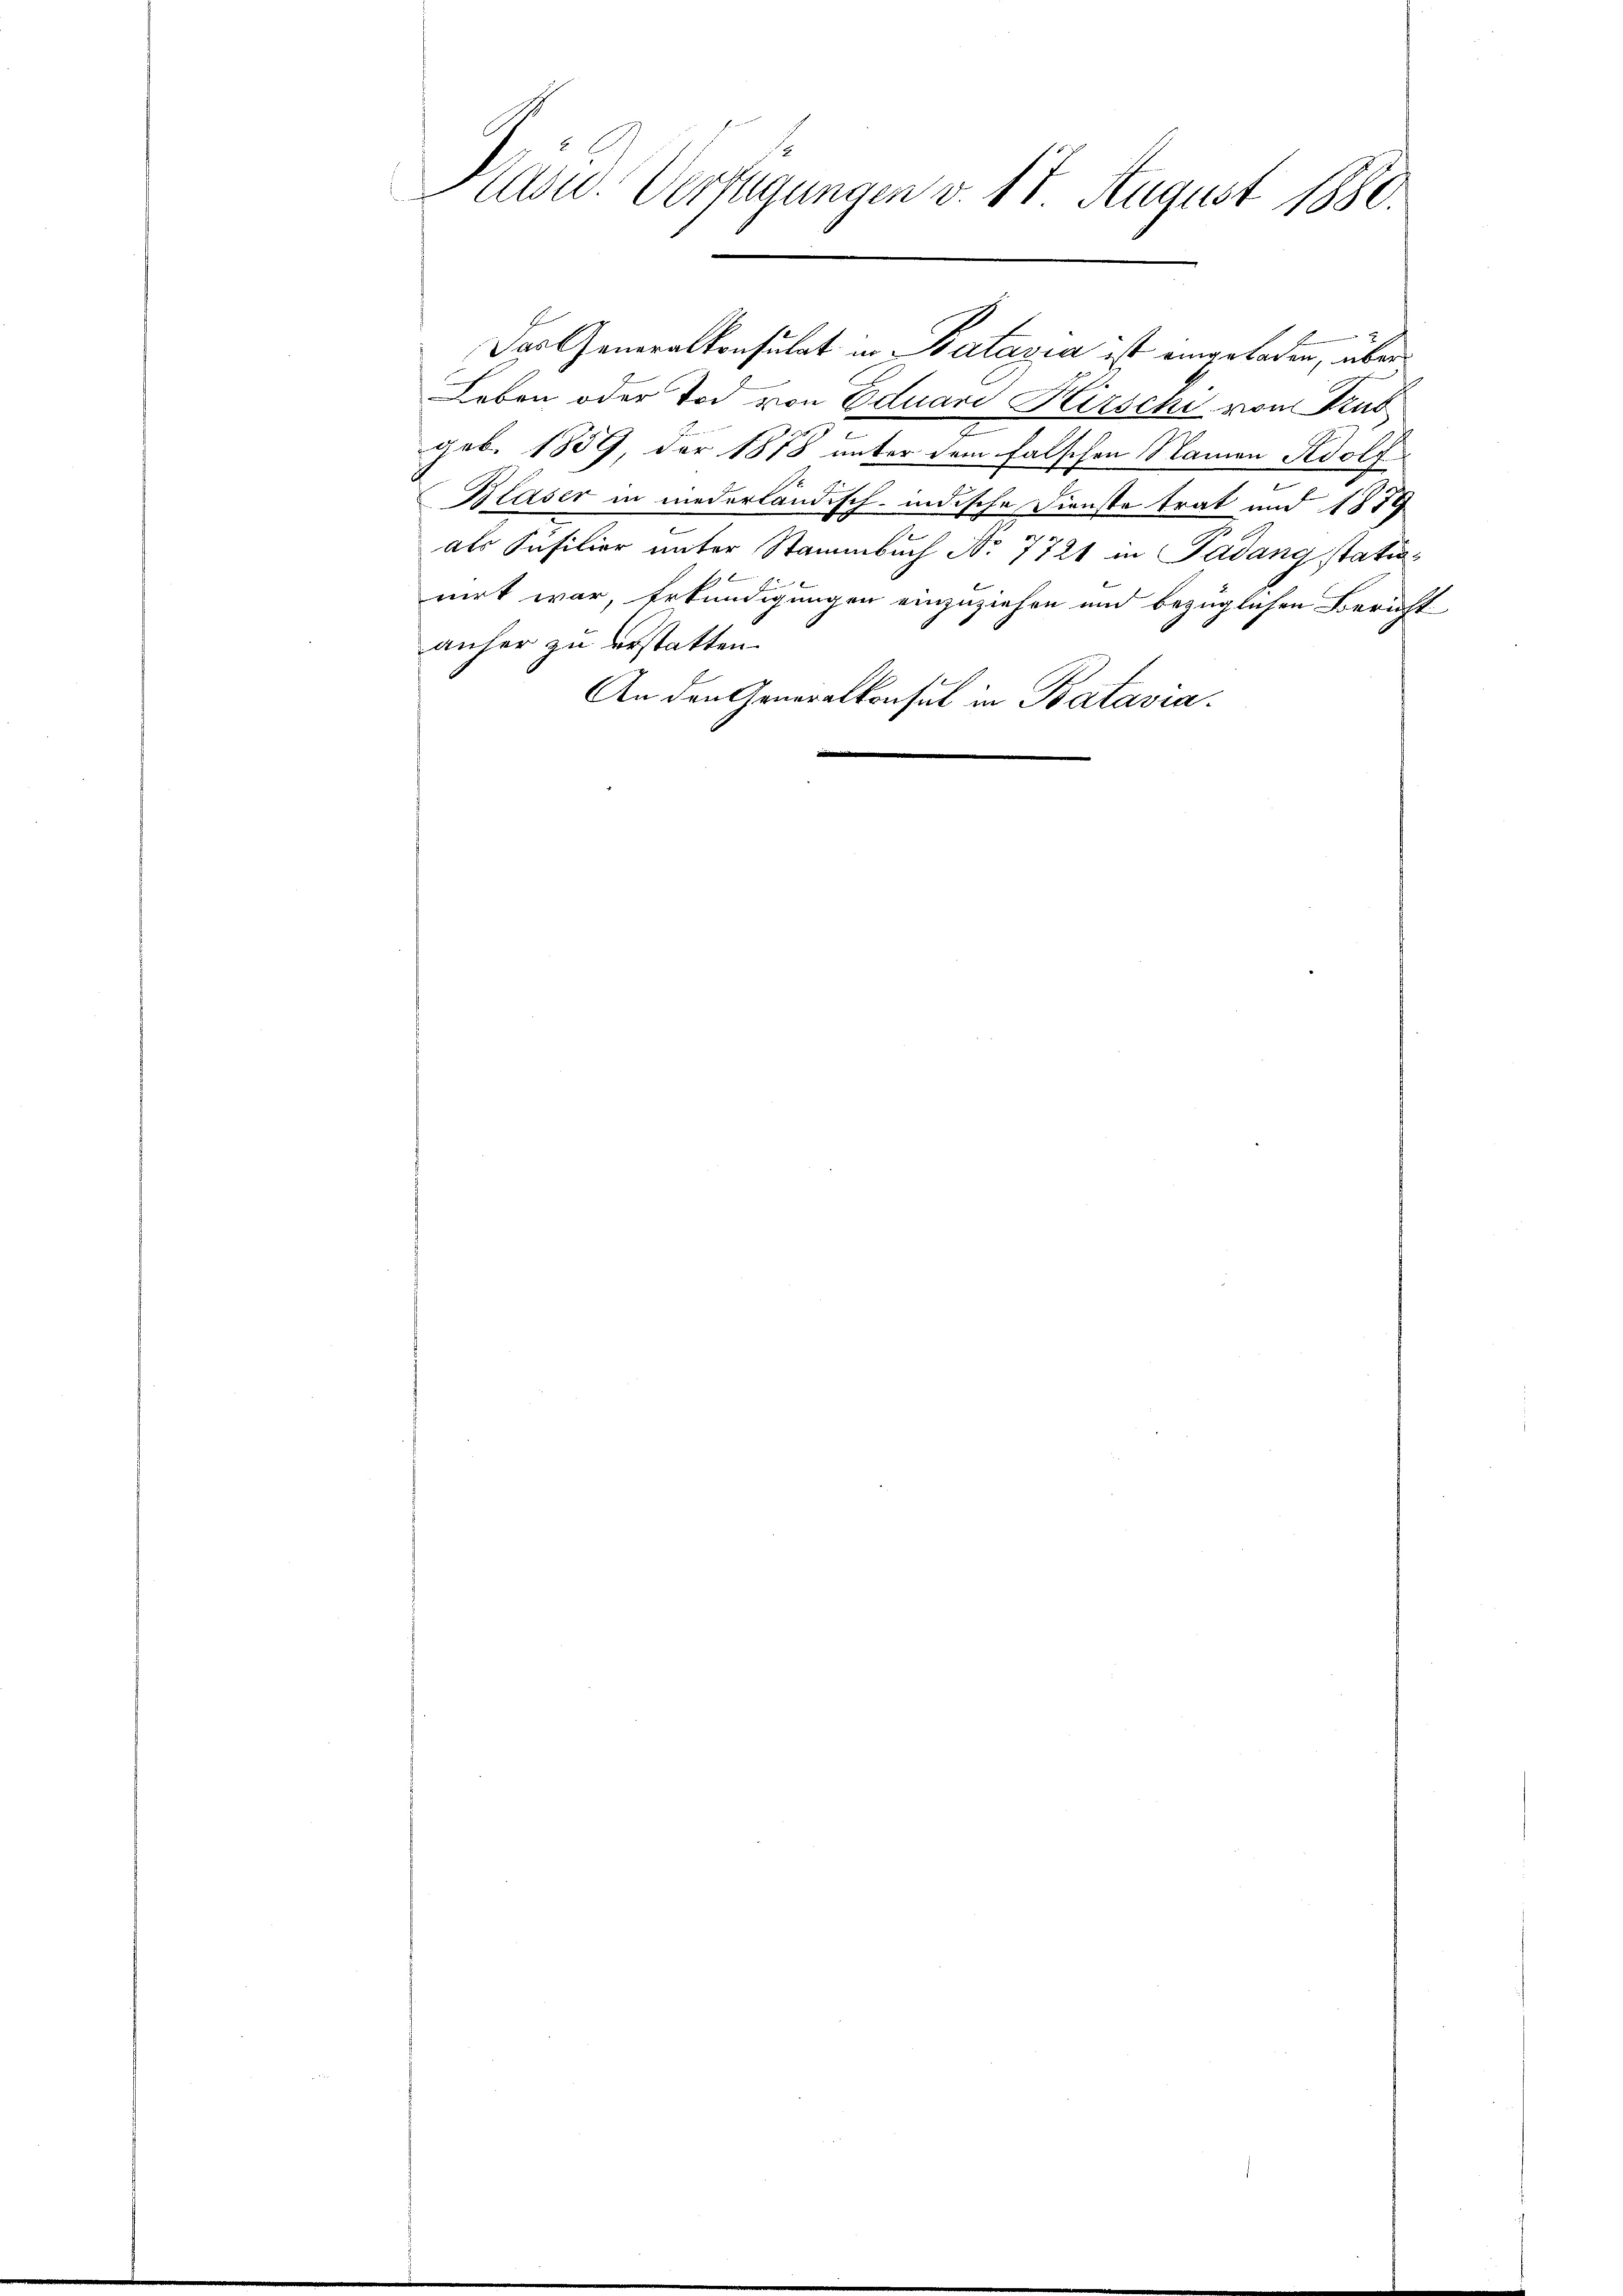
Kasw. Verfügungen v. 18 August 1880.

Leben oder Tod von Eduari Hirschi von Trub
2
geb. 1859, der 1858 unter dem falschen Namen Adolf
Blaser in niederländisch-indische Dienste trat und 1879
u
als Füsilier unter Stammbuch No 7721 in Padang stationirt war, Erkundigungen einzuziehen und bezüglichen Bericht
anher zu erstatten.
An den Generalkonsul in Batavia.

Das Generalkonsulat in Batagia ist eingeladen, über